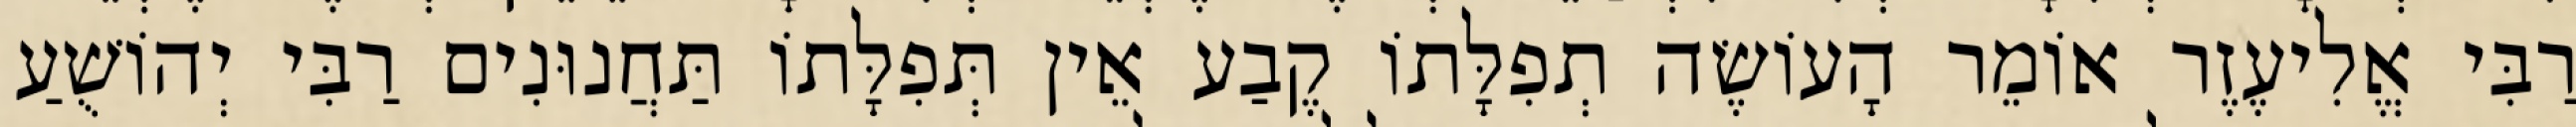
רַבִּי אֱלִיעֶזֶר אוֹמֵר הָעוֹשֶׂה תְפִלָּתוֹ קֶבַע אֵין תְּפִלָּתוֹ תַּחֲנוּנִים רַבִּי יְהוֹשֻׁעַ